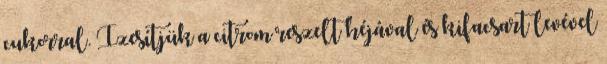
cukorral. Ízesítjük a citrom reszelt héjával és kifacsart levével